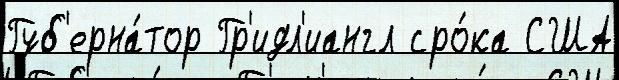
Губ'ерна́тор Гр'идл'иангл сро́ка США